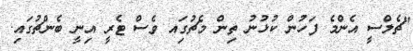
"ޗެލްސީ އެންމެ ފަހުން ކުޅުނު ތިން މެޗުގަިއ ވެސް ޓެރީ އިނީ ބެންޗުގައި.